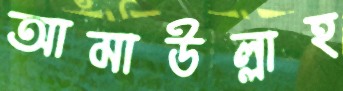
আমাউল্লাহ